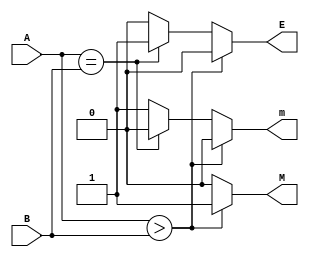
module comparator4(A,B,m,M,E);
input [3:0] A, B;
output reg m, M, E;
always @(A or B) begin
  if(A>B) begin
    M = 1; m = 0; E = 0;
  end
  else if (A == B) begin
    E = 1; M = 0; m = 0;
  end
  else begin
    m = 1; E = 0; M = 0;
  end
end
endmodule


module test_comparator4;
reg [3:0] A, B;
wire m, M, E;
comparator4 mycomp(A,B,m,M,E);
initial begin
  A = 5; B = 0;
  #20
  B = 5;
  #20
  B = 10;
end
endmodule